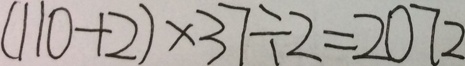
( 1 1 0 + 2 ) \times 3 7 \div 2 = 2 0 7 2